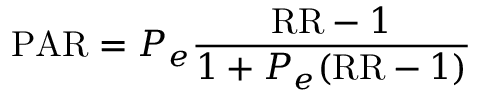
{ \mathrm { P A R } } = P _ { e } { \frac { { \mathrm { R R } } - 1 } { 1 + P _ { e } ( { \mathrm { R R } } - 1 ) } }